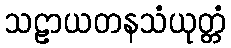
သဠာယတနသံယုတ္တံ